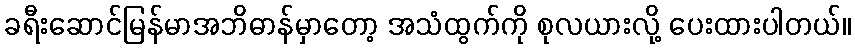
ခရီးဆောင်မြန်မာအဘိဓာန်မှာတော့ အသံထွက်ကို စုလယားလို့ ပေးထားပါတယ်။